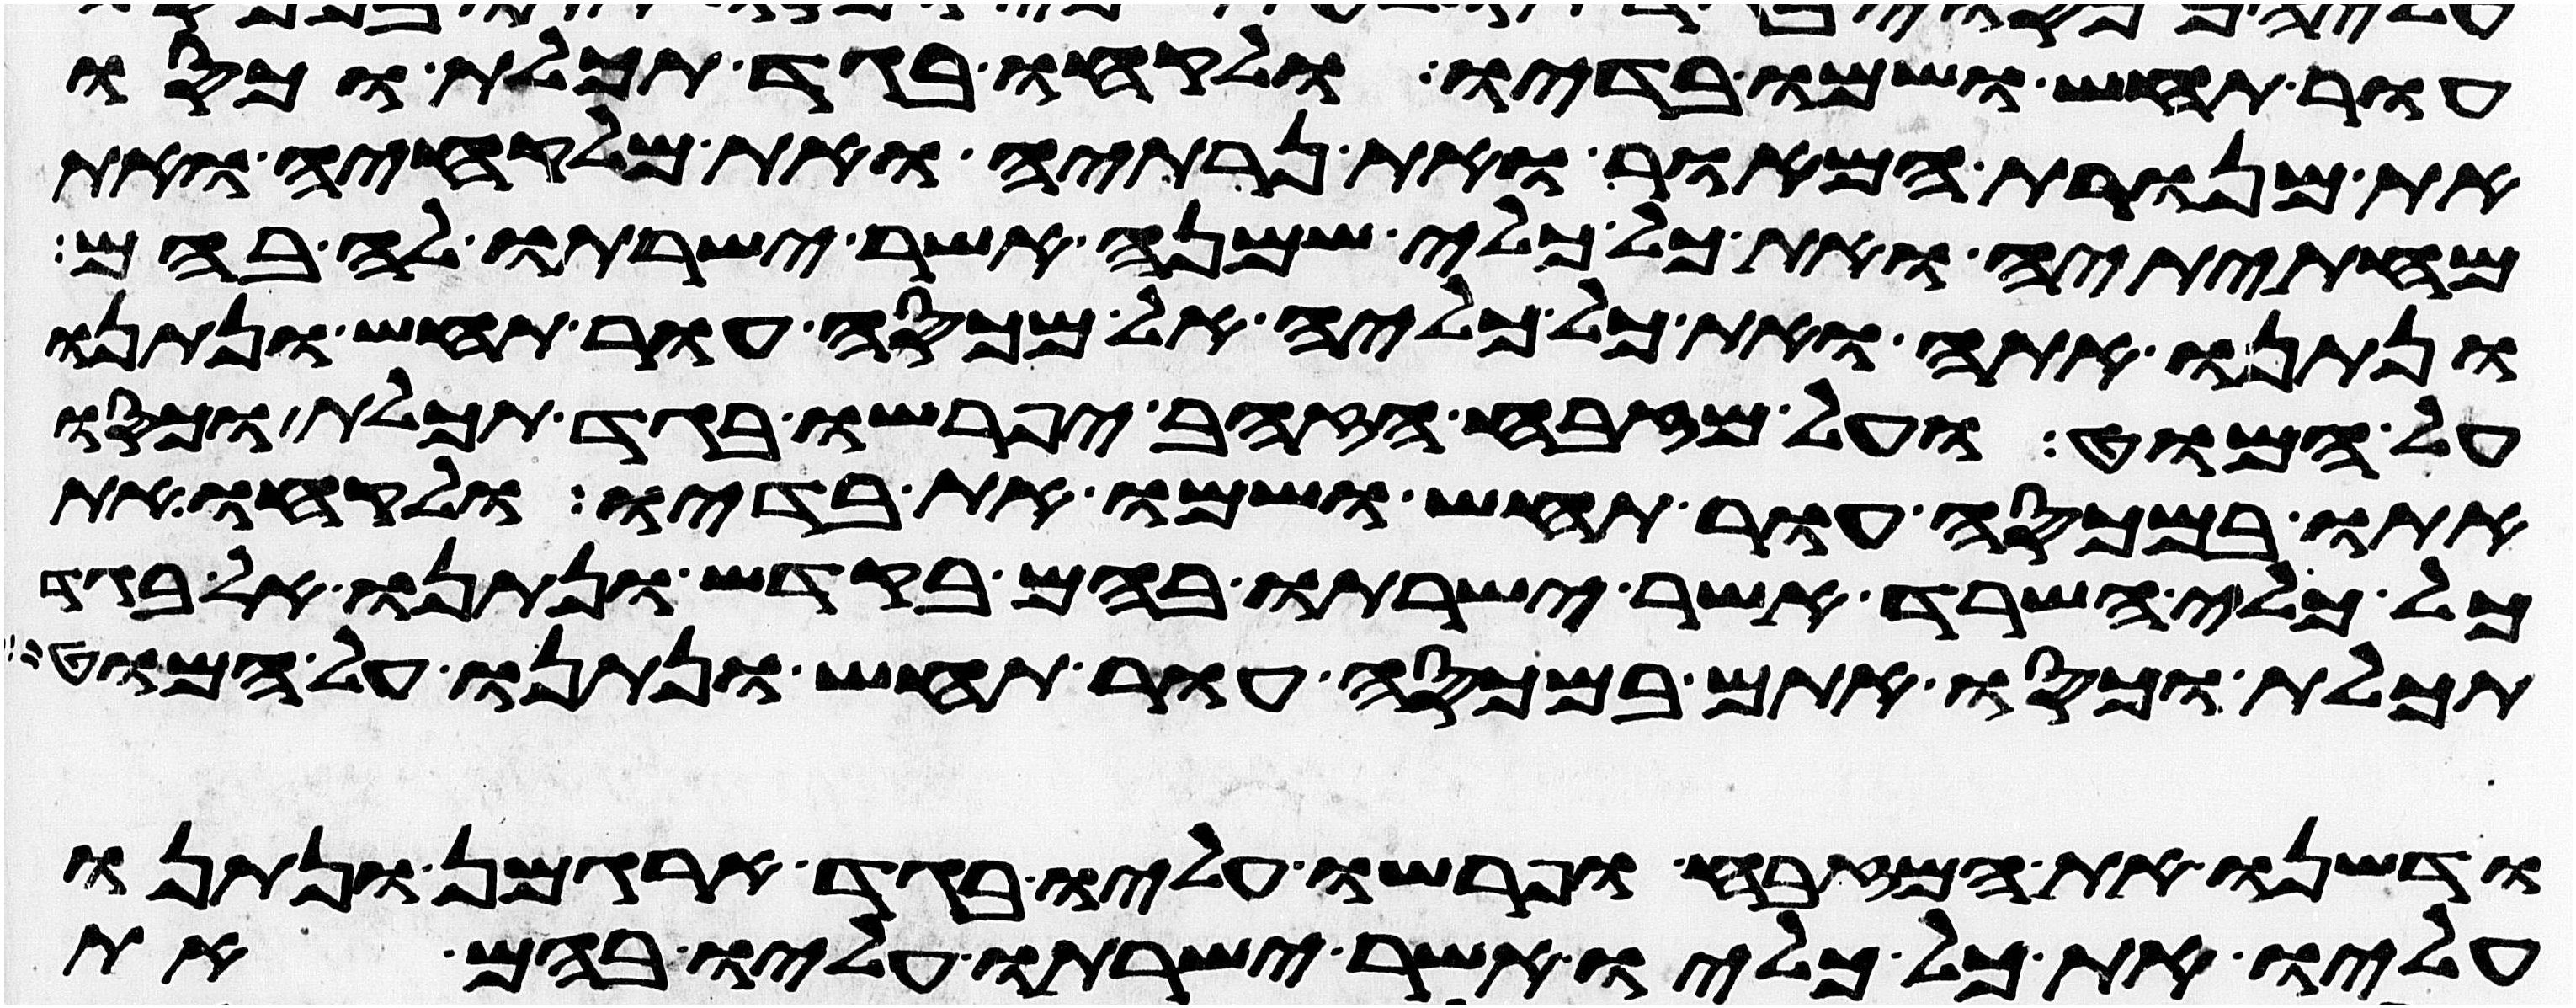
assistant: עור תחש ושמו בדיו ולקחו בגד תכלת וכסו
את מנורת המאור ואת נרתיה ואת מלקחיה ואת
מחתיתיה ואת כל כלי שמנה אשר ישרתו לה בהם
ונתנו אתה ואת כל כליה אל מכסה עור תחש ונתנו
על המוט ועל מזבח הזהב יפרשו בגד תכלת וכסו
אתו במכסה עור תחש ושמו את בדיו ולקחו את
כל כלי השרת אשר ישרתו בהם בקדש ונתנו אל בגד
תכלת וכסו אתם במכסה עור תחש ונתנו על המוט
ודשנו את המזבח ופרשו עליו בגד ארגמן ונתנו
עליו את כל כליו אשר ישרתו עליו בהם את